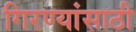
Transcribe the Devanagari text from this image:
गिरण्यांसाठी